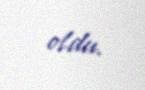
oldu.